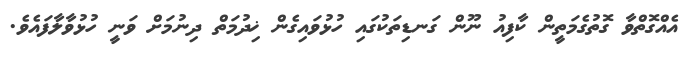
އެއްގޮތްވާ ގޮތުގެމަތީން ކާފިއު ނޫން ގަނޑިތަކުގައި ހުޅުވައިގެން ޚިދުމަތް ދިނުމަށް ވަނީ ހުޅުވާލާފައެވެ.